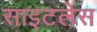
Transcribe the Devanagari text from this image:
साइटलेस